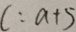
c : a + 5